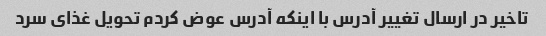
تاخیر در ارسال تغییر آدرس با اینکه آدرس عوض کردم تحویل غذای سرد